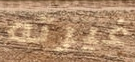
غيرته